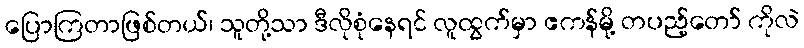
ပြောကြတာဖြစ်တယ်၊ သူတို့သာ ဒီလိုစုံနေရင် လူထွက်မှာ ဧကန်မို့ တပည့်တော် ကိုလဲ